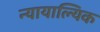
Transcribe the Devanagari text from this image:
न्यायाल्यिक